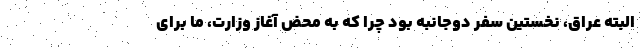
البته عراق، نخستين سفر دوجانبه بود چرا كه به محض آغاز وزارت، ما براي